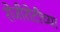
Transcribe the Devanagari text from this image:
रोजीरोटीच्या